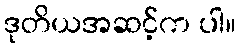
ဒုတိယအဆင့်က ပါ။